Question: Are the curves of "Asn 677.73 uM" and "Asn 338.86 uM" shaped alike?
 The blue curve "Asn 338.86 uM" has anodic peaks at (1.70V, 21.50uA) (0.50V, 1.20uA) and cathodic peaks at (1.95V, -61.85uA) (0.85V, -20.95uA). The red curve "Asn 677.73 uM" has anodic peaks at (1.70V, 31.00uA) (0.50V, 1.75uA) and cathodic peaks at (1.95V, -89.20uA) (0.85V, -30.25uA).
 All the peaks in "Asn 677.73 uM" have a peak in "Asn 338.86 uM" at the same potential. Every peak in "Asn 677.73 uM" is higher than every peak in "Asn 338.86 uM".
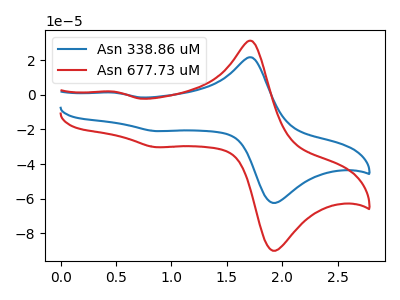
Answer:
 <answer>"Asn 677.73 uM" and "Asn 338.86 uM" are similar in shape.</answer>
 <eval>same_shape</eval>